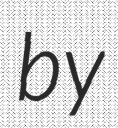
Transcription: by